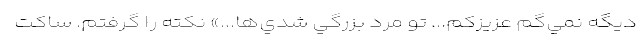
ديگه نمي‌گم عزيزكم... تو مرد بزرگي شدي‌ها...» نكته را گرفتم. ساكت